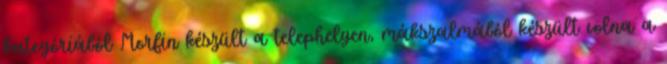
kategóriából Morfin készült a telephelyen, mákszalmából készült volna a